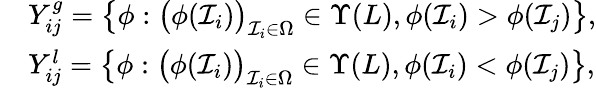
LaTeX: \begin{array}{rl}&{Y_{ij}^{g}=\big\{ \phi:\big(\phi(\mathcal{I}_{i})\big)_{\mathcal{I}_{i}\in\Omega}\in\Upsilon(L),\phi(\mathcal{I}_{i})>\phi(\mathcal{I}_{j})\big\} ,}\\ &{Y_{ij}^{l}=\big\{ \phi:\big(\phi(\mathcal{I}_{i})\big)_{\mathcal{I}_{i}\in\Omega}\in\Upsilon(L),\phi(\mathcal{I}_{i})<\phi(\mathcal{I}_{j})\big\} ,}\end{array}